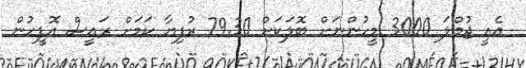
އެއީ ޖުމްލަ 3000 މީހުންނަށް ބޮލަކަށް 79.30 ރުފިޔާ ކަމަށް ރައީސް އޮފީހުން